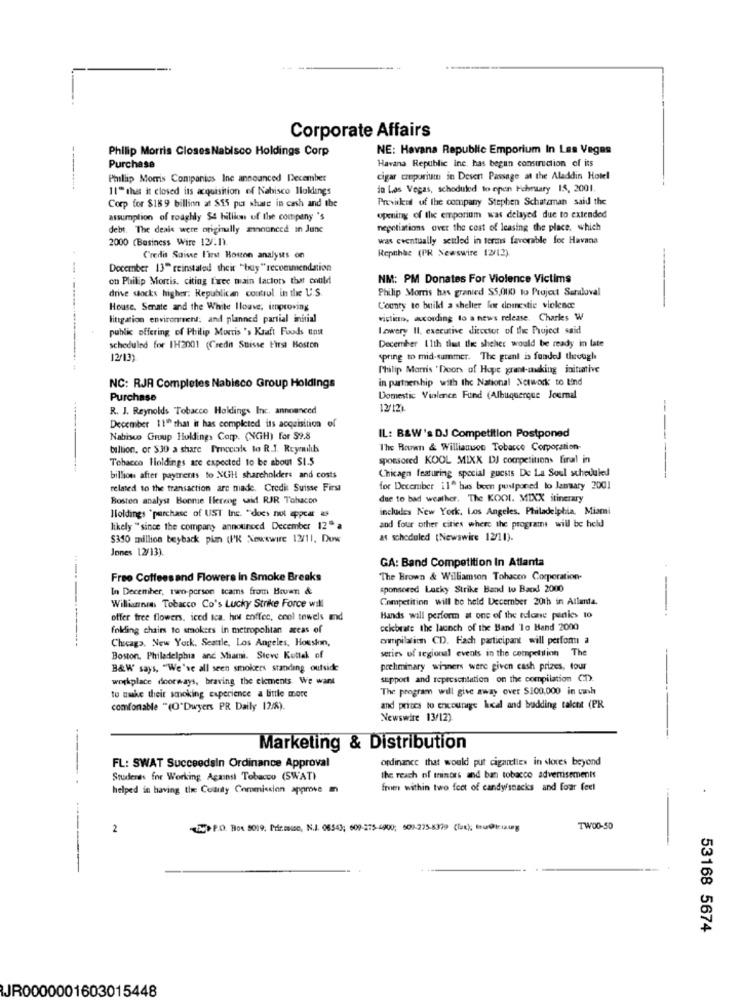
Corporate Affairs
Philip Morris Closes Nabisco Holdings Corp
NE: Havana Republic Emporium In Las Vegas
Havana Republic inc. has begun construction of its
Purchase
Phillip Morris Companies Inc announced December
cigar creporium in Desert Passage at the Aladdin Hotel
11" that it closed its acquisition of Nabisco Holdings
io Las Vegas, scheduled to epen February 15, 2001.
Previskid of the company Stephen Schatzman said the
Corp for $189 billion at $$5 per share in cash and the
assumption of roughly $4 billions of the company 's
opening of the emporium was delayed due to extended
debt. The deals were originally announced in June
negotiations over the cost of leasing the place, which
2000 (Business Wire 12/.1).
was eventually settled in terms favorable for Havana
Credit Suisse First Boston analyses on
Repnhac (PR Newswire 12/12).
-
December 13" reinstated their "buy "recommendation
on Philip Morris, citing free main factors that could
NM: PM Donates For Violence Victims
drive stocks higher. Republican control in the U.S.
Philip Morris has granted $5,000 to Project Saruloval
House. Senate and the White Ilouve, improving
County to build a shelter for domestic violence
litigation environment; and planned partial initial
victims, according to a news release. Charles W
public offering of Philip Morris 's Kraft Foods unut
Lowery Il. executive director of the Project said
December 11th that the sheher would be ready in late
scheduled for 1H2001 (Credit Suisse First Boston
12/13)
spring to mid-summer. The grant is funded through
Philip Morris ' Doors of Hope grant-making initiative
in partnership with the National Network to tind
NC: RJR Completes Nabisco Group Holdings
Purchase
Domestic Violence Fund (Albuquerque Journal
R. J. Reynolds Tobacco Holdings Inc. announced
12/121.
December 11" that it has completed its acquisition of
Nabisco Group Holdings Corp. (NGH) for $9.8
IL: B&W's DJ Competition Postponed
billion, or $30 a share Proccole to R.J. Rtymulik
The Ramn & Willianuon Tobacco Corporation-
----
Tobacco Holdings are expected to be about SI.5
sponsored KOOL MIXX DJ competitions final in
Chicagn featuring special guests De La Soul scheduled
billion after payments to NUH shareholders and costs
related to the transaction are made. Credit Suisse First
for December il" has been postponed lo Jammary 2001
Bosten analyst Bonme Ilereog said RJR Tohacen
due to bad weather. The KOOI. MIXX itinerary
includes New York, Los Angeles, Philadelphia, Miami
Holdings "purchase of UST Inc. "does not appear
likely "since the company announced December 12" a
and four other cities where the programs will be held
$350 million beyback pim (I'K Xowwwire 12/11, Dow
as scheduled (Newswire 12/11).
Jones 12/13).
GA: Band Competition In Atlanta
Free Coffeesand Flowers In Smoke Breaks
The Brown & Williamson Tobacco Corporation-
In December, two-person teams from Bouwn &
sponsored Lucky Strike Band to Band 2000
Competition will be held December 201h in Atlanta.
-
Williannin Tobacco Co's Lucky Strike Force will
offer free flowers, iced tea. hit enffee, cool towels and
Hands will perform at one of the tolone panties to
folding chairs to smokers In metropolitan areas of
cckbrate the launch of the Band To Hand 2000
compilation CD. Fach participant will perfom a
Chicago, New York, Seattle, Los Angeles, Houskin,
Boston. Philadelphia and Miami. Steve Kottak of
series of tegional events in the competition The
B&W says, "We're all seen smokers standing outside
preliminary winners were given cash prizes, tour
workplace doorways, braving the elements We want
support and representation on the compilation CD.
The program will give away over $100,000 in cash
to make their smoking experience a little more
comfortable "(O'Dwyers PR Daily 12/8).
and prices to encourage luical and budding talent (PR
Newswire 13/12)
Marketing & Distribution
ordinance that would put cigarettes in sloves beyond
FL: SWAT Succeedsin Ordinance Approval
------
Students for Working Against Tobacco (SWAT)
the reach of minots and ban tobacco advertisements
helped in having the County Commission approve
from within two foot of candy/snacks and foar feel
2
P.O. Box 8019. Prir.mise, N.I. 06543; 609-275-6900; 509-275-8379 (Tax); tru@triaug
TW00-50
53168 5674
JR0000001603015448